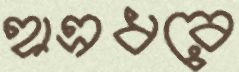
হাত্রধরে